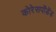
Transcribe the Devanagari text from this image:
कोरेसपोंडेंड